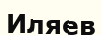
Иляев